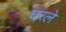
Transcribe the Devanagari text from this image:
घरले